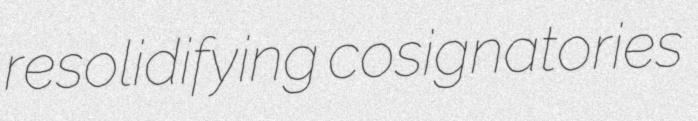
resolidifying cosignatories